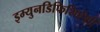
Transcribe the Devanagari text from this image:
इम्युनडिफिशिएंशी